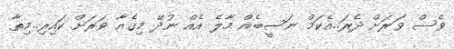
ވެސް ވަރަށް ދެރަ..އެކަމް ނަސީބެއް މާލެ އެއް ނުދޭ މިގެއާ ވަރަށް ކައިރި..މިތާ